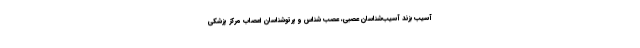
آسیب بزند آسیب‌شناسان عصبی، عصب شناس و پرتوشناسان اعصاب مرکز پزشکی